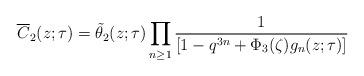
LaTeX: \begin{align*}\overline{C}_{2}(z; \tau) &= \tilde{\theta}_{2}(z;\tau) \prod_{n \geq 1}\frac{1}{\left[ 1-q^{3n} + \Phi_{3}(\zeta)g_{n}(z;\tau) \right]}\end{align*}